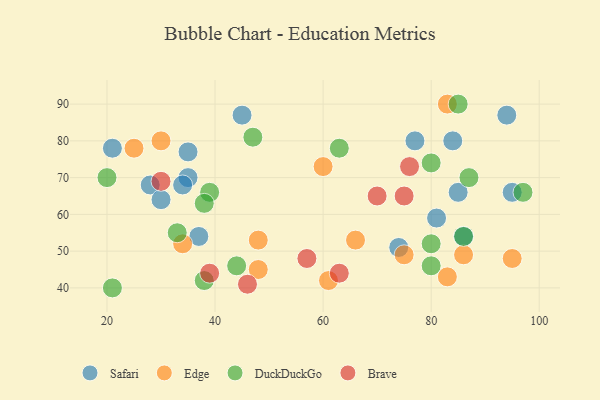
{"axis": {"x": "GDP", "y": "Life Expectancy"}, "legend": ["Brave", "DuckDuckGo", "Edge", "Safari"], "data": [{"x": "85", "y": 66, "type": "Safari"}, {"x": "21", "y": 78, "type": "Safari"}, {"x": "35", "y": 77, "type": "Safari"}, {"x": "77", "y": 80, "type": "Safari"}, {"x": "94", "y": 87, "type": "Safari"}, {"x": "74", "y": 51, "type": "Safari"}, {"x": "86", "y": 54, "type": "Safari"}, {"x": "37", "y": 54, "type": "Safari"}, {"x": "28", "y": 68, "type": "Safari"}, {"x": "35", "y": 70, "type": "Safari"}, {"x": "45", "y": 87, "type": "Safari"}, {"x": "95", "y": 66, "type": "Safari"}, {"x": "34", "y": 68, "type": "Safari"}, {"x": "30", "y": 64, "type": "Safari"}, {"x": "84", "y": 80, "type": "Safari"}, {"x": "81", "y": 59, "type": "Safari"}, {"x": "83", "y": 90, "type": "Edge"}, {"x": "86", "y": 49, "type": "Edge"}, {"x": "95", "y": 48, "type": "Edge"}, {"x": "83", "y": 43, "type": "Edge"}, {"x": "48", "y": 53, "type": "Edge"}, {"x": "61", "y": 42, "type": "Edge"}, {"x": "60", "y": 73, "type": "Edge"}, {"x": "34", "y": 52, "type": "Edge"}, {"x": "66", "y": 53, "type": "Edge"}, {"x": "30", "y": 80, "type": "Edge"}, {"x": "75", "y": 49, "type": "Edge"}, {"x": "25", "y": 78, "type": "Edge"}, {"x": "48", "y": 45, "type": "Edge"}, {"x": "21", "y": 40, "type": "DuckDuckGo"}, {"x": "38", "y": 42, "type": "DuckDuckGo"}, {"x": "39", "y": 66, "type": "DuckDuckGo"}, {"x": "80", "y": 74, "type": "DuckDuckGo"}, {"x": "86", "y": 54, "type": "DuckDuckGo"}, {"x": "20", "y": 70, "type": "DuckDuckGo"}, {"x": "87", "y": 70, "type": "DuckDuckGo"}, {"x": "47", "y": 81, "type": "DuckDuckGo"}, {"x": "97", "y": 66, "type": "DuckDuckGo"}, {"x": "38", "y": 63, "type": "DuckDuckGo"}, {"x": "63", "y": 78, "type": "DuckDuckGo"}, {"x": "80", "y": 52, "type": "DuckDuckGo"}, {"x": "85", "y": 90, "type": "DuckDuckGo"}, {"x": "44", "y": 46, "type": "DuckDuckGo"}, {"x": "80", "y": 46, "type": "DuckDuckGo"}, {"x": "33", "y": 55, "type": "DuckDuckGo"}, {"x": "46", "y": 41, "type": "Brave"}, {"x": "70", "y": 65, "type": "Brave"}, {"x": "63", "y": 44, "type": "Brave"}, {"x": "76", "y": 73, "type": "Brave"}, {"x": "30", "y": 69, "type": "Brave"}, {"x": "39", "y": 44, "type": "Brave"}, {"x": "75", "y": 65, "type": "Brave"}, {"x": "57", "y": 48, "type": "Brave"}]}